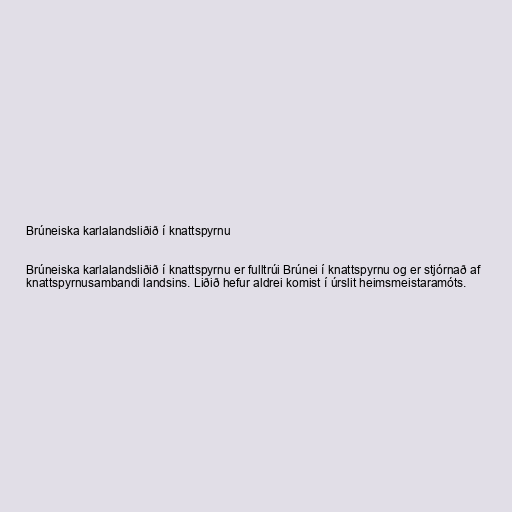
Brúneiska karlalandsliðið í knattspyrnu

Brúneiska karlalandsliðið í knattspyrnu er fulltrúi Brúnei í knattspyrnu og er stjórnað af
knattspyrnusambandi landsins. Liðið hefur aldrei komist í úrslit heimsmeistaramóts.